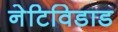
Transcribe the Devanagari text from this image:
नेटिविडाड